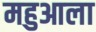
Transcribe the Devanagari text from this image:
महुआला